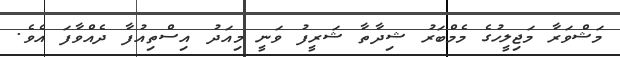
މަޝްވަރާ މަޖިލީހުގެ މެމްބަރު ޝިދާތާ ޝަރީފު ވަނީ މިއަދު އިސްތިއުފާ ދެއްވާފަ އެވެ.